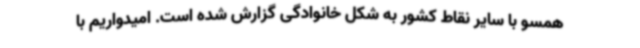
همسو با سایر نقاط کشور به شکل خانوادگی گزارش شده است‌. امیدواریم با